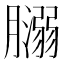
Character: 𦡥